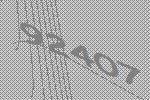
92407